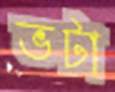
ভটা